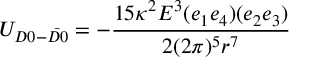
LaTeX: U _ { D 0 - \bar { D 0 } } = - \frac { 1 5 \kappa ^ { 2 } E ^ { 3 } ( e _ { 1 } e _ { 4 } ) ( e _ { 2 } e _ { 3 } ) } { 2 ( 2 \pi ) ^ { 5 } r ^ { 7 } }